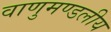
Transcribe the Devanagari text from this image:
वाणुमण्डलीय